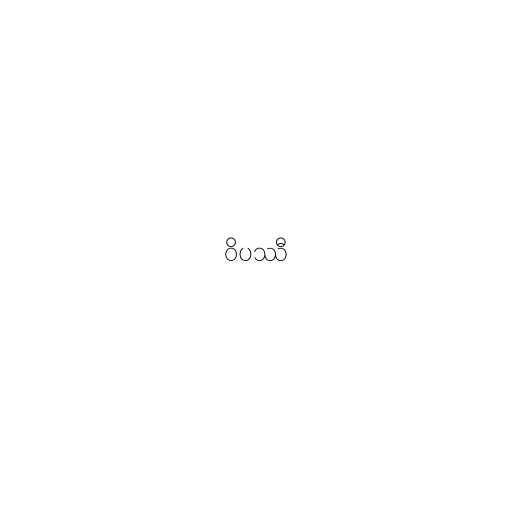
ဝိပဿီ